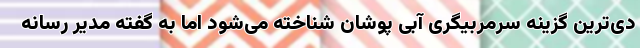
دی‌ترین گزینه سرمربیگری آبی پوشان شناخته می‌شود اما به گفته مدیر رسانه